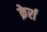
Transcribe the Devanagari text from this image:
क्रेर्रा